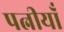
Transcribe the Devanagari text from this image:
पत्नीयाँ